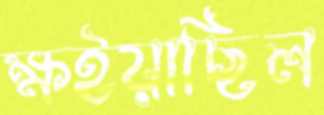
ক্ষইয়াছিল